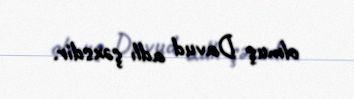
olmuş Davud adlı şəxsdir.